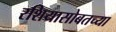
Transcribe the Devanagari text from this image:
रशियासोबतच्या